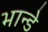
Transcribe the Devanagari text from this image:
भान्डे